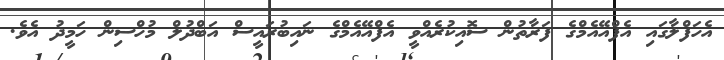
އެހަފްލާގައި އެފްއޭއެމްގެ ފަރާތުން ސޮއިކުރެއްވީ އެފްއޭއެމްގެ ނައިބުރައީސް އަބްދުލް މުހްސިން ހަމީދު އެވެ.